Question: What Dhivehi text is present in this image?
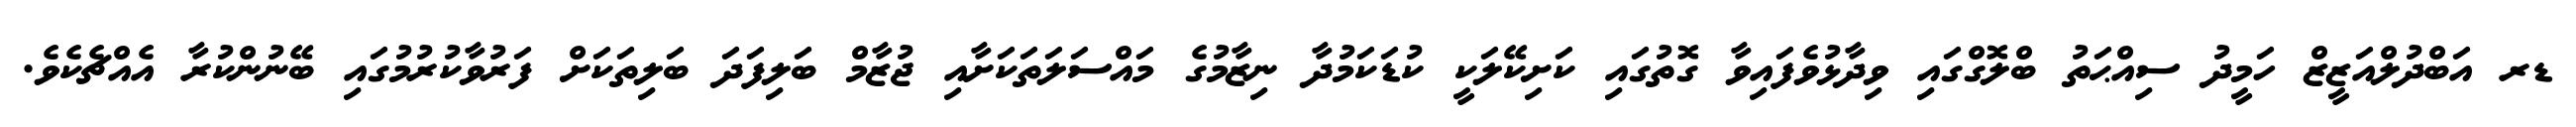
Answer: ޑރ އަބްދުލްއަޒީޒް ހަމީދު ސިއްޙަތު ބްލޮގްގައި ވިދާޅުވެފައިވާ ގޮތުގައި ކަށިކޭލަކީ ކުޑަކަމުދާ ނިޒާމުގެ މައްސަލަތަކަށާއި ޖުޒާމް ބަލިފަދަ ބަލިތަކަށް ފަރުވާކުރުމުގައި ބޭނުންކުރާ އެއްޗެކެވެ.